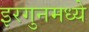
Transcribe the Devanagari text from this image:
इरगुनमध्ये